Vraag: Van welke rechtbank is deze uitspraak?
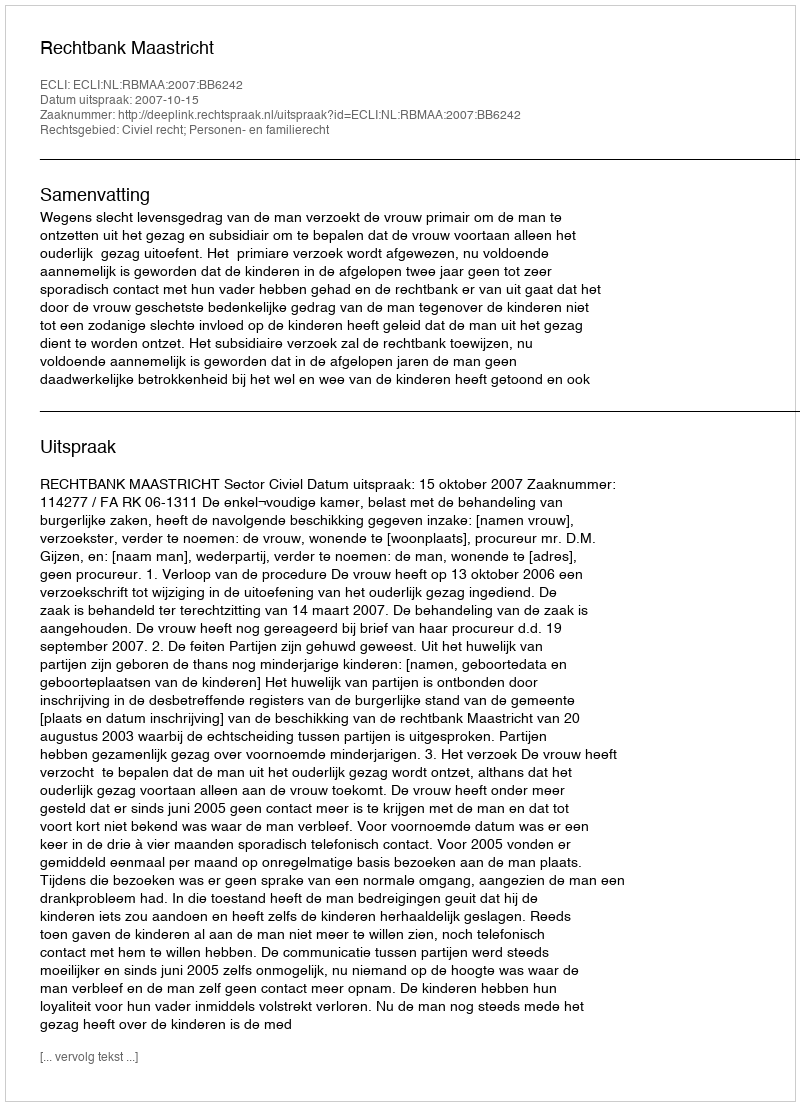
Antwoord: Rechtbank Maastricht